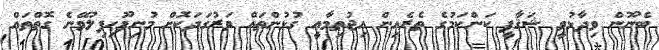
ބެނޫން ވިދާޅުވީ ޝަޤާފީ ކަންކަމުގެ ތެރެއިން އިޖުތިމާއީ ގުޅުންތައް ވަރުގަދަކޮށް މުނިފޫހިފިލުވޭނެ ގޮތްތައް